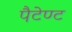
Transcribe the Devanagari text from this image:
पैटेण्ट